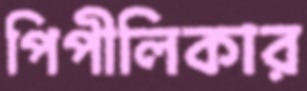
পিপীলিকার